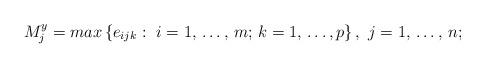
LaTeX: \begin{align*}M_{j}^{y}=max\left\{ e_{ijk}:\thinspace \thinspace i=1,\thinspace \mathellipsis ,\thinspace m;\thinspace k=1,\thinspace \mathellipsis ,p \right\},\thinspace \thinspace j=1,\thinspace \mathellipsis ,\thinspace n;\end{align*}